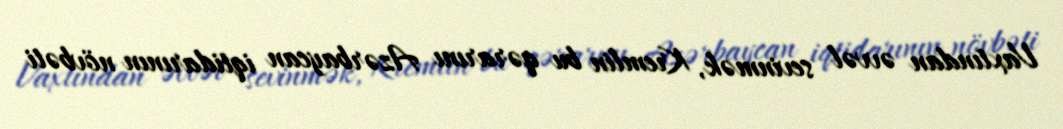
Vaxtından əvvəl sevinmək, Kremlin bu qərarını Azərbaycan iqtidarının növbəti